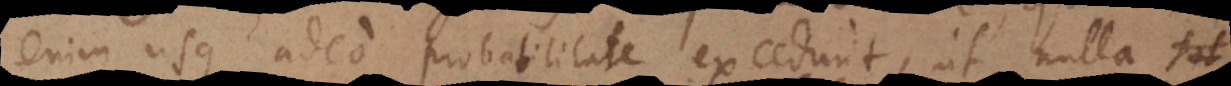
enim usque adeo probabilitate excedunt, ut nulla